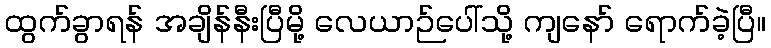
ထွက်ခွာရန် အချိန်နီးပြီမို့ လေယာဉ်ပေါ်သို့ ကျနော် ရောက်ခဲ့ပြီ။